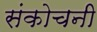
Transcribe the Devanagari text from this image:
संकोचनी